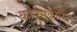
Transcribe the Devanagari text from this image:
कापुसकासिंग